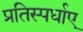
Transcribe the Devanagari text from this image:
प्रतिस्पर्धाए